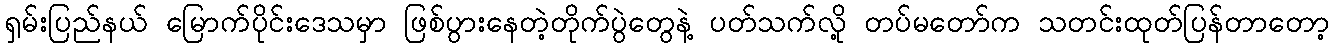
ရှမ်းပြည်နယ် မြောက်ပိုင်းဒေသမှာ ဖြစ်ပွားနေတဲ့တိုက်ပွဲတွေနဲ့ ပတ်သက်လို့ တပ်မတော်က သတင်းထုတ်ပြန်တာတော့